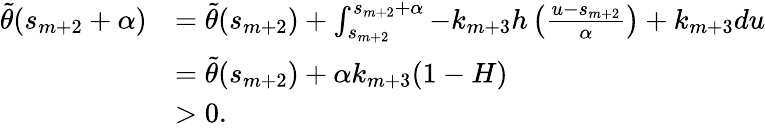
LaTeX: \begin{array}{rl}{\tilde{\theta}(s_{m+2}+\alpha)}&{=\tilde{\theta}(s_{m+2})+\int_{s_{m+2}}^{s_{m+2}+\alpha}-k_{m+3}h\left(\frac{u-s_{m+2}}{\alpha}\right)+k_{m+3}du}\\ &{=\tilde{\theta}(s_{m+2})+\alpha k_{m+3}(1-H)}\\ &{>0.}\end{array}